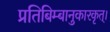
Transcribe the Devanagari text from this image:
प्रतिबिम्बानुकारकृत्‌।